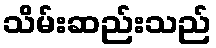
သိမ်းဆည်းသည်